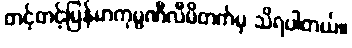
တင့်တင့်မြန်မာကုမ္ပဏီလီမိတက်မှ သိရပါတယ်။